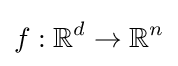
f:\mathbb {R} ^{d}\rightarrow \mathbb {R} ^{n}